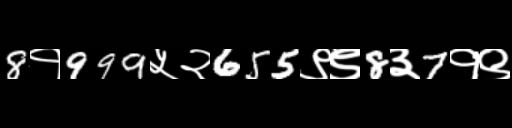
Text: 8१999५२655९९8३7१९